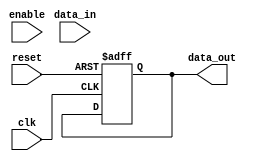
module spi_master (
    input wire clk,
    input wire reset,
    input wire enable,
    input wire [7:0] data_in,
    output reg [7:0] data_out
);

// Define internal signals
reg [2:0] state;
reg [3:0] shift_register;
reg [7:0] data_buffer;

// Clock generator block
always @ (posedge clk or posedge reset) begin
    if (reset) begin
        shift_register <= 0;
    end else begin
        shift_register <= shift_register + 1;
    end
end

// Data transfer block
always @ (posedge clk or posedge reset) begin
    if (reset) begin
        data_out <= 0;
    end else begin
        case (state)
            // Add code to handle data transfer between module and external devices
        endcase
    end
end

// State machine block
always @ (posedge clk or posedge reset) begin
    if (reset) begin
        state <= 0;
    end else begin
        case (state)
            // Add code to define state transitions and actions based on current state
        endcase
    end
end

// Control block
always @ (posedge clk or posedge reset) begin
    if (reset) begin
        // Add code for reset behavior
    end else begin
        if (enable) begin
            // Add code for managing transactions
        end
    end
end

// Data buffer block
always @ (posedge clk or posedge reset) begin
    if (reset) begin
        data_buffer <= 0;
    end else begin
        // Add code for handling incoming and outgoing data
    end
end

endmodule